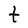
Character: t